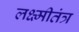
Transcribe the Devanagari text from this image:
लक्ष्मीतंत्र